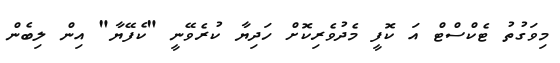
މިވަގުތު ޓެކްސްޓް އަ ކޮފީ މެދުވެރިކޮށް ހަދިޔާ ކުރެވޭނީ "ކެފޭޔާ" އިން ލިބެން